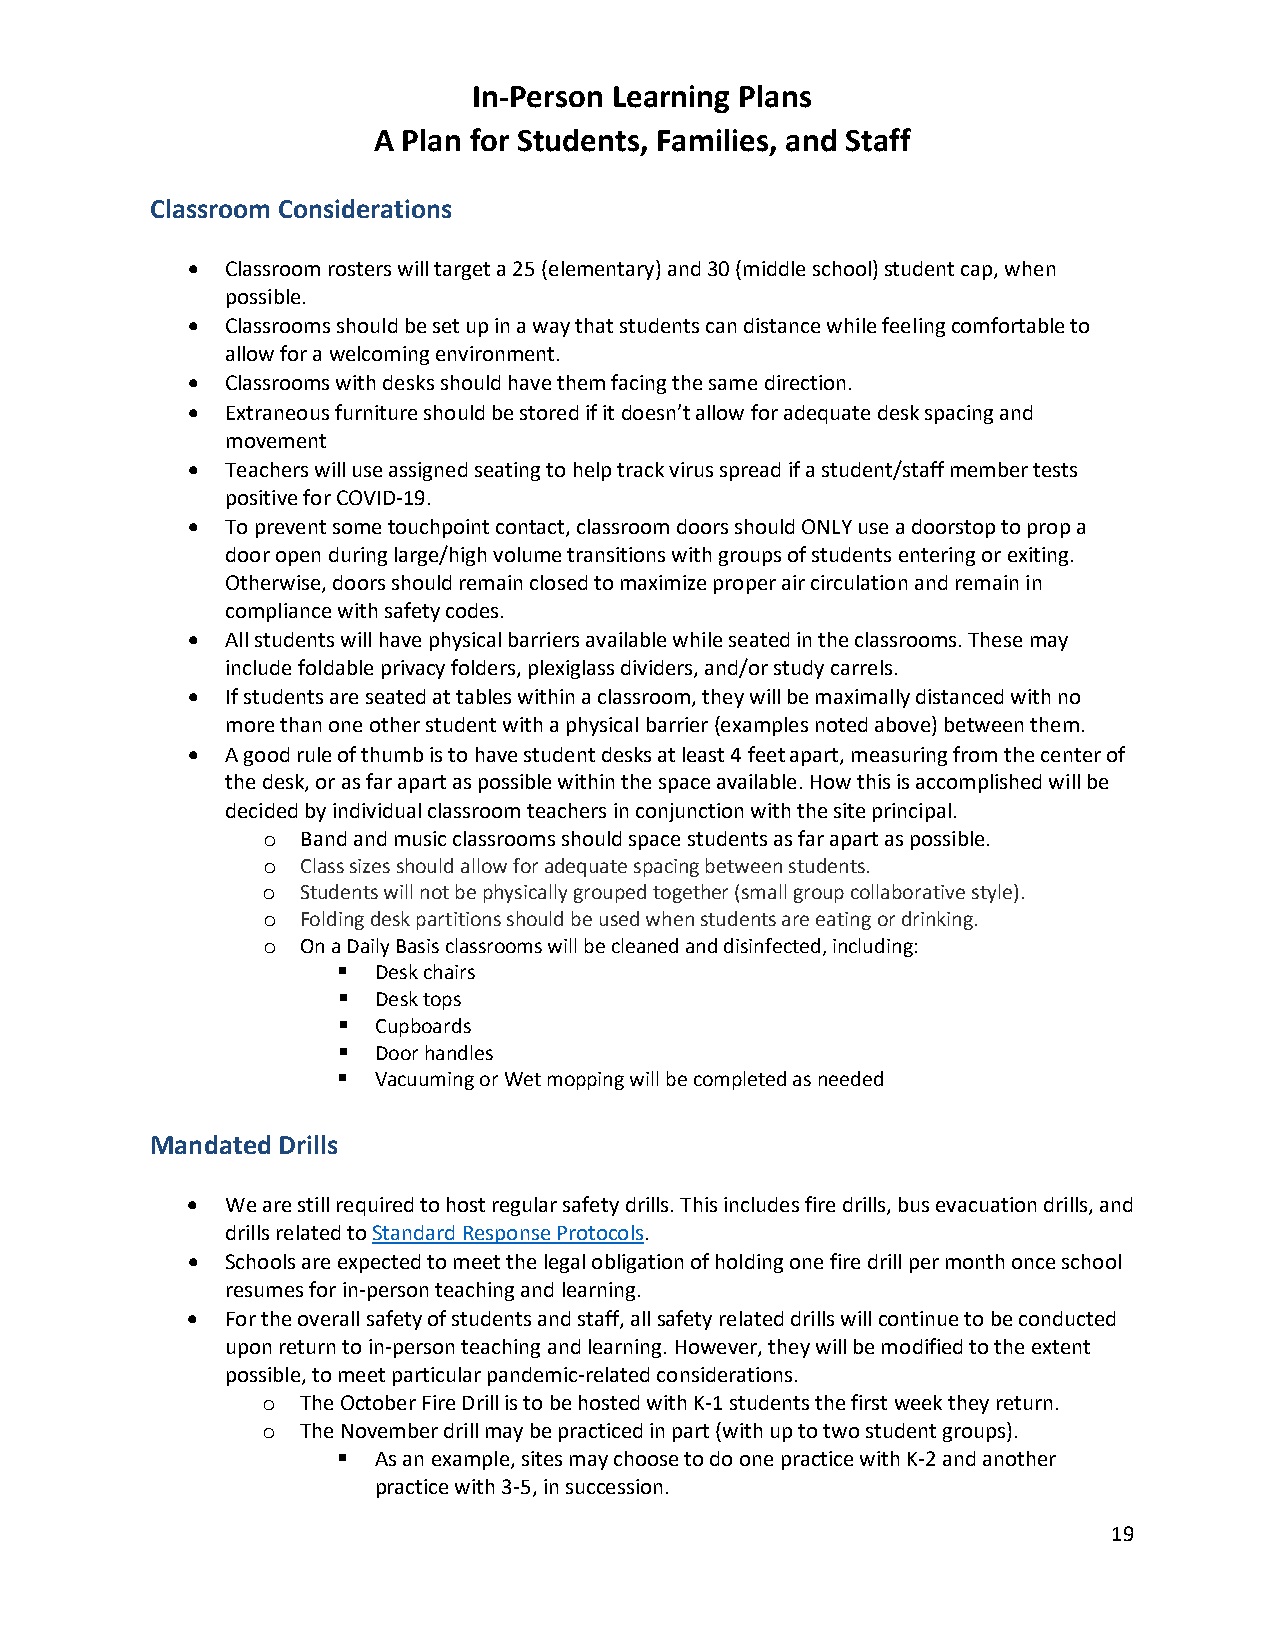
In-Person Learning Plans
 A Plan for Students, Families, and Staff
 Classroom Considerations
 •  Classroom rosters will target a 25 (elementary) and 30 (middle school) student cap, when
 possible.
 •  Classrooms should be set up in a way that students can distance while feeling comfortable to
 allow for a welcoming environment.
 •  Classrooms with desks should have them facing the same direction.
 •  Extraneous furniture should be stored if it doesn’t allow for adequate desk spacing and
 movement
 •  Teachers will use assigned seating to help track virus spread if a student/staff member tests
 positive for COVID-19.
 •  To prevent some touchpoint contact, classroom doors should ONLY use a doorstop to prop a
 door open during large/high volume transitions with groups of students entering or exiting.
 Otherwise, doors should remain closed to maximize proper air circulation and remain in
 compliance with safety codes.
 •  All students will have physical barriers available while seated in the classrooms. These may
 include foldable privacy folders, plexiglass dividers, and/or study carrels.
 •  If students are seated at tables within a classroom, they will be maximally distanced with no
 more than one other student with a physical barrier (examples noted above) between them.
 •  A good rule of thumb is to have student desks at least 4 feet apart, measuring from the center of
 the desk, or as far apart as possible within the space available. How this is accomplished will be
 decided by individual classroom teachers in conjunction with the site principal.
 Band and music classrooms should space students as far apart as possible.
 o
 Class sizes should allow for adequate spacing between students.
 o
 Students will not be physically grouped together (small group collaborative style).
 o
 Folding desk partitions should be used when students are eating or drinking.
 o
 On a Daily Basis classrooms will be cleaned and disinfected, including:
 o
   Desk chairs
   Desk tops
   Cupboards
   Door handles
   Vacuuming or Wet mopping will be completed as needed
 Mandated Drills
 •  We are still required to host regular safety drills. This includes fire drills, bus evacuation drills, and
 drills related to Standard Response Protocols.
 •  Schools are expected to meet the legal obligation of holding one fire drill per month once school
 resumes for in-person teaching and learning.
 •  For the overall safety of students and staff, all safety related drills will continue to be conducted
 upon return to in-person teaching and learning. However, they will be modified to the extent
 possible, to meet particular pandemic-related considerations.
 The October Fire Drill is to be hosted with K-1 students the first week they return.
 o
 The November drill may be practiced in part (with up to two student groups).
 o
   As an example, sites may choose to do one practice with K-2 and another
 practice with 3-5, in succession.
 19